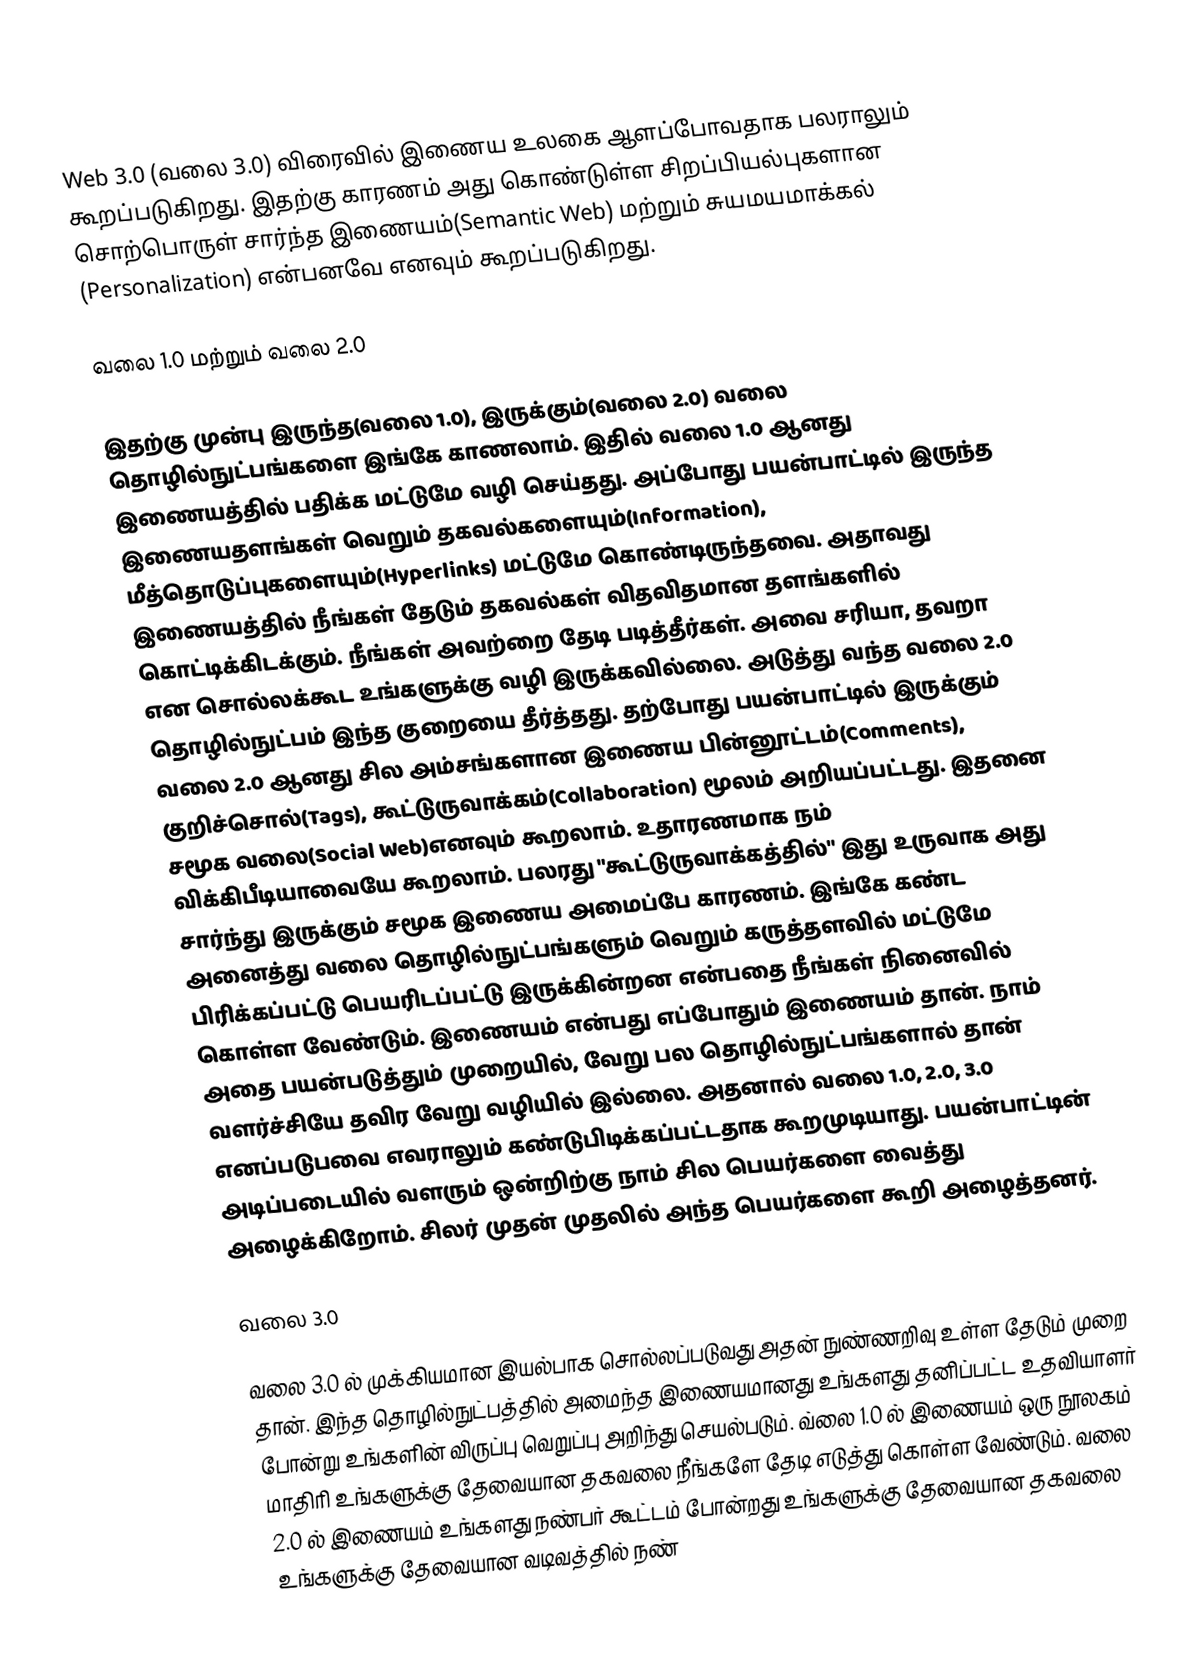
Web 3.0 (வலை 3.0) விரைவில் இணைய உலகை ஆளப்போவதாக பலராலும் கூறப்படுகிறது. இதற்கு காரணம் அது கொண்டுள்ள சிறப்பியல்புகளான சொற்பொருள் சார்ந்த இணையம்(Semantic Web) மற்றும் சுயமயமாக்கல் (Personalization) என்பனவே எனவும் கூறப்படுகிறது.

வலை 1.0 மற்றும் வலை 2.0

இதற்கு முன்பு இருந்த(வலை 1.0), இருக்கும்(வலை 2.0) வலை தொழில்நுட்பங்களை இங்கே காணலாம். இதில் வலை 1.0 ஆனது இணையத்தில் பதிக்க மட்டுமே வழி செய்தது. அப்போது பயன்பாட்டில் இருந்த இணையதளங்கள் வெறும் தகவல்களையும்(Information), மீத்தொடுப்புகளையும்(Hyperlinks) மட்டுமே கொண்டிருந்தவை. அதாவது இணையத்தில் நீங்கள் தேடும் தகவல்கள் விதவிதமான தளங்களில் கொட்டிக்கிடக்கும். நீங்கள் அவற்றை தேடி படித்தீர்கள். அவை சரியா, தவறா என சொல்லக்கூட உங்களுக்கு வழி இருக்கவில்லை. அடுத்து வந்த வலை 2.0 தொழில்நுட்பம் இந்த குறையை தீர்த்தது. தற்போது பயன்பாட்டில் இருக்கும் வலை 2.0 ஆனது சில அம்சங்களான இணைய பின்னூட்டம்(Comments), குறிச்சொல்(Tags), கூட்டுருவாக்கம்(Collaboration) மூலம் அறியப்பட்டது. இதனை சமூக வலை(Social Web)எனவும் கூறலாம். உதாரணமாக நம் விக்கிபீடியாவையே கூறலாம். பலரது "கூட்டுருவாக்கத்தில்" இது உருவாக அது சார்ந்து இருக்கும் சமூக இணைய அமைப்பே காரணம். இங்கே கண்ட அனைத்து வலை தொழில்நுட்பங்களும் வெறும் கருத்தளவில் மட்டுமே பிரிக்கப்பட்டு பெயரிடப்பட்டு இருக்கின்றன என்பதை நீங்கள் நினைவில் கொள்ள வேண்டும். இணையம் என்பது எப்போதும் இணையம் தான். நாம் அதை பயன்படுத்தும் முறையில், வேறு பல தொழில்நுட்பங்களால் தான் வளர்ச்சியே தவிர வேறு வழியில் இல்லை. அதனால் வலை 1.0, 2.0, 3.0 எனப்படுபவை எவராலும் கண்டுபிடிக்கப்பட்டதாக கூறமுடியாது. பயன்பாட்டின் அடிப்படையில் வளரும் ஒன்றிற்கு நாம் சில பெயர்களை வைத்து அழைக்கிறோம். சிலர் முதன் முதலில் அந்த பெயர்களை கூறி அழைத்தனர்.

வலை 3.0

வலை 3.0 ல் முக்கியமான இயல்பாக சொல்லப்படுவது அதன் நுண்ணறிவு உள்ள தேடும் முறை தான். இந்த தொழில்நுட்பத்தில் அமைந்த இணையமானது உங்களது தனிப்பட்ட உதவியாளர் போன்று உங்களின் விருப்பு வெறுப்பு அறிந்து செயல்படும். வ்லை 1.0 ல் இணையம் ஒரு நூலகம் மாதிரி உங்களுக்கு தேவையான தகவலை நீங்களே தேடி எடுத்து கொள்ள வேண்டும். வலை 2.0 ல் இணையம் உங்களது நண்பர் கூட்டம் போன்றது உங்களுக்கு தேவையான தகவலை உங்களுக்கு தேவையான வடிவத்தில் நண்